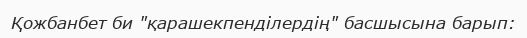
Қожбанбет би "қарашекпенділердің" басшысына барып: